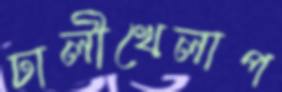
ঢালীখেলাপ